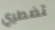
تضطري